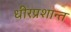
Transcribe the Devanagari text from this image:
धीरप्रशान्त